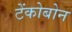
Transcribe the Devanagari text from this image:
टेंकोबोन